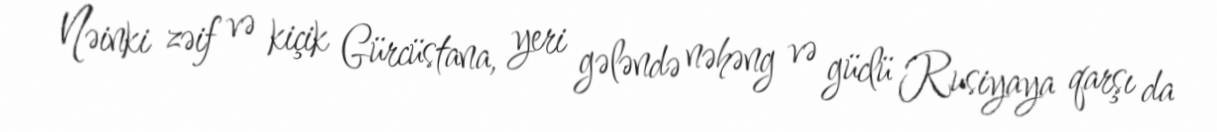
Nəinki zəif və kiçik Gürcüstana, yeri gələndə nəhəng və güclü Rusiyaya qarşı da